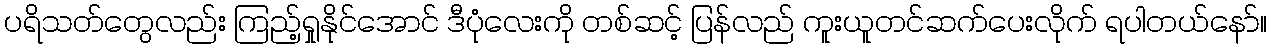
ပရိသတ်တွေလည်း ကြည့်ရှုနိုင်အောင် ဒီပုံလေးကို တစ်ဆင့် ပြန်လည် ကူးယူတင်ဆက်ပေးလိုက် ရပါတယ်နော်။